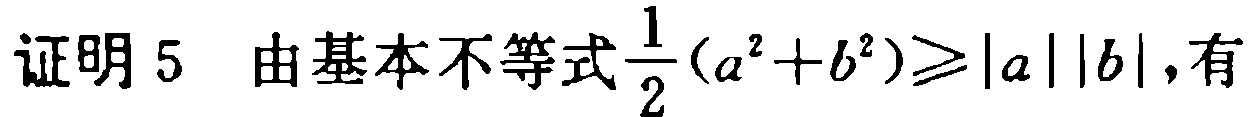
证明 5 由基本不等式$\frac{1}{2}(a^{2}+b^{2})\geqslant|a||b|$,有